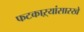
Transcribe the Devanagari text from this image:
फटकाऱ्यांसारखे